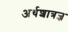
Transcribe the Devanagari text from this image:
अर्थशात्रज्ञ